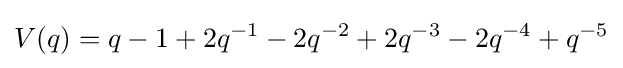
V(q)=q-1+2q^{-1}-2q^{-2}+2q^{-3}-2q^{-4}+q^{-5}